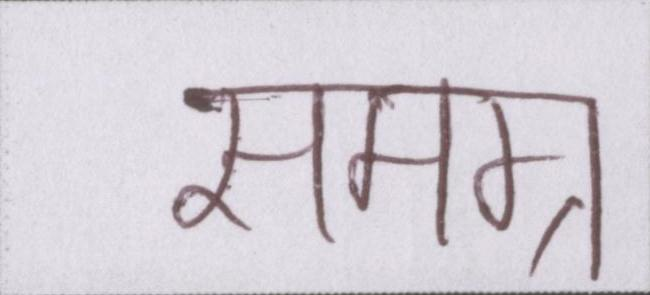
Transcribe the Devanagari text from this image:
समग्र